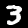
Label: 3